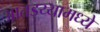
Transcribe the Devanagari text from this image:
आतड्य्यामध्ये